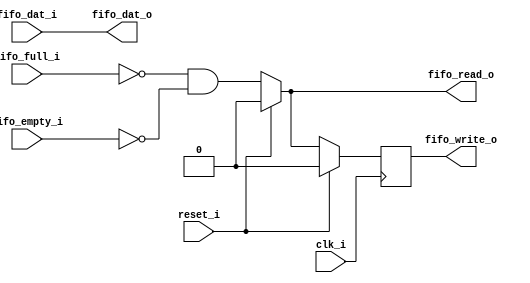
`timescale 1ns / 1ps
//////////////////////////////////////////////////////////////////////////////////
// Company: 
// Engineer: 
// 
// Design Name: 
// Module Name:    data_master 
// Project Name: 
// Target Devices: 
// Tool versions: 
// Description: 
//
// Dependencies: 
//
// Revision: 
// Revision 0.01 - File Created
// Additional Comments: 
//
//////////////////////////////////////////////////////////////////////////////////
module data_repeater(
		input reset_i,
		input clk_i,
		//FIFO write interface
		input fifo_full_i,
		output reg fifo_write_o,
		output [31:0] fifo_dat_o,
		//FIFO read interface
		input [31:0] fifo_dat_i,
		input fifo_empty_i,		
		output fifo_read_o
    );

wire fifo_read;	

assign #2 fifo_read= (reset_i==1'b1)? 1'b0:((~fifo_full_i)&(~fifo_empty_i));

always@(posedge clk_i) begin
	if(reset_i)
		fifo_write_o<=1'b0;
	else
		fifo_write_o<=#2 fifo_read;
end

//output
assign #2 fifo_read_o=fifo_read;
assign #2 fifo_dat_o= fifo_dat_i;

endmodule